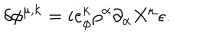
LaTeX: \delta \phi ^ { \mu , k } = i e _ { \phi } ^ { k } \rho ^ { \alpha } \partial _ { \alpha } X ^ { \mu } \epsilon .